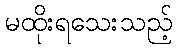
မထိုးရသေးသည့်